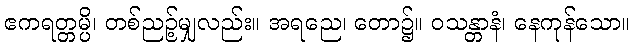
ဧကရတ္တမ္ပိ၊ တစ်ညဉ့်မျှလည်း။ အရညေ၊ တော၌။ ဝသန္တာနံ၊ နေကုန်သော။